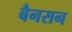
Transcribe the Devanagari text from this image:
बैनसन